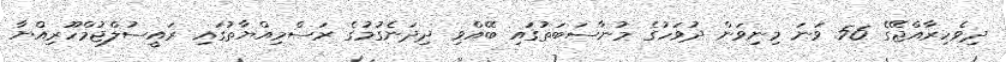
ދިވެހިރާއްޖޭގެ 56 ވަނަ މިނިވަން ދުވަހުގެ މުނާސަބަތުގައި ބޭއްވި ދިދަނެގުމުގެ ރަސްމިއްޔާތުގައި ރައީސުލްޖުމްހޫރިއްޔާ